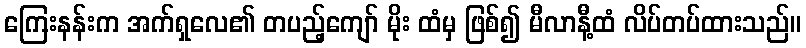
ကြေးနန်းက အက်ရှလေ၏ တပည့်ကျော် မိုး ထံမှ ဖြစ်၍ မီလာနီ့ထံ လိပ်တပ်ထားသည်။